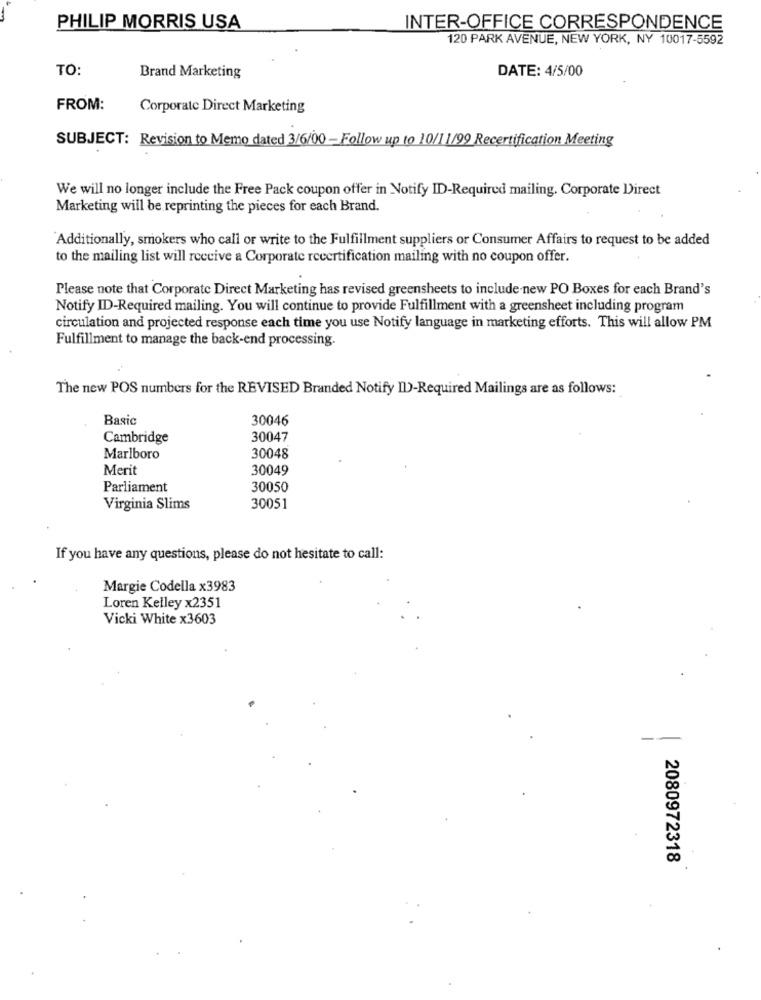
PHILIP MORRIS USA
INTER-OFFICE CORRESPONDENCE
120 PARK AVENUE, NEW YORK, NY 10017-5592
TO:
DATE: 4/5/00
Brand Marketing
FROM:
Corporate Direct Marketing
SUBJECT: Revision to Memo dated 3/6/00 - Follow up to 10/11/99 Recertification Meeting
We will no longer include the Free Pack coupon offer in Notify ID-Required mailing. Corporate Direct
Marketing will be reprinting the pieces for each Brand.
Additionally, smokers who call or write to the Fulfillment suppliers or Consumer Affairs to request to be added
to the mailing list will receive a Corporate recertification mailing with no coupon offer.
Please note that Corporate Direct Marketing has revised greensheets to include-new PO Boxes for each Brand's
Notify ID-Required mailing. You will continue to provide Fulfillment with a greensheet including program
circulation and projected response each time you use Notify language in marketing efforts. This will allow PM
Fulfillment to manage the back-end processing.
The new POS numbers for the REVISED Branded Notify ID-Required Mailings are as follows:
Basic
30046
Cambridge
30047
Marlboro
30048
Merit
30049
Parliament
30050
Virginia Slims
30051
If you have any questions, please do not hesitate to call:
Margie Codella x3983
Loren Kelley x2351
Vicki White x3603
2080972318